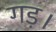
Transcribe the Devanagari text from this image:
गड़।